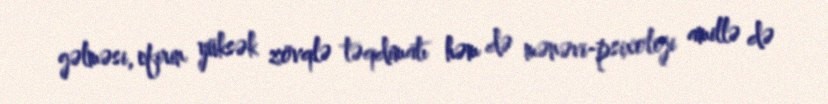
gəlməsi, efirin yüksək zövqlə təqdimatı həm də mənəvi-psixoloji amillə də